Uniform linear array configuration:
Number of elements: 4
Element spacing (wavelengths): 0.25
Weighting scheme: exponential
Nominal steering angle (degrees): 45
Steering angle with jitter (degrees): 45.876
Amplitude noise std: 0.05
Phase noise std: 0.05

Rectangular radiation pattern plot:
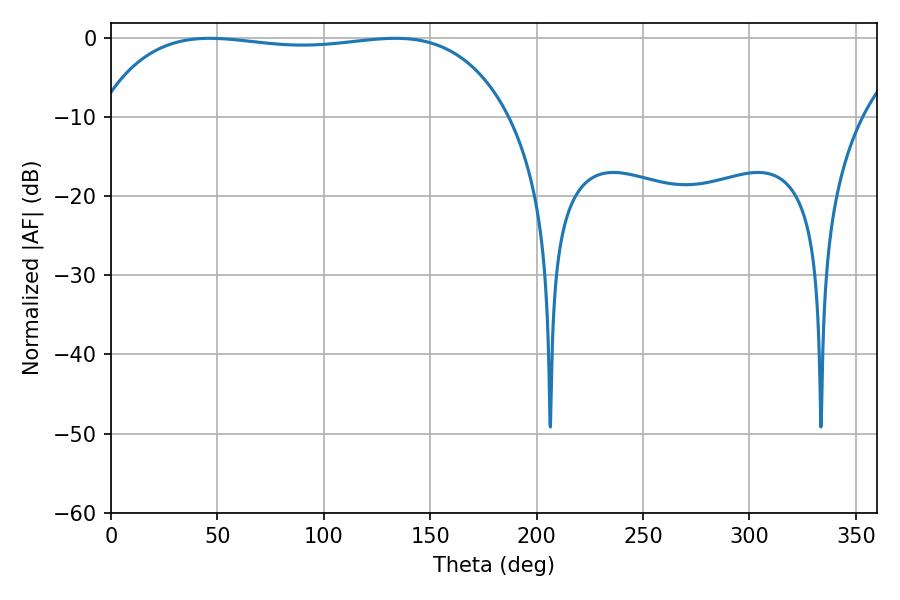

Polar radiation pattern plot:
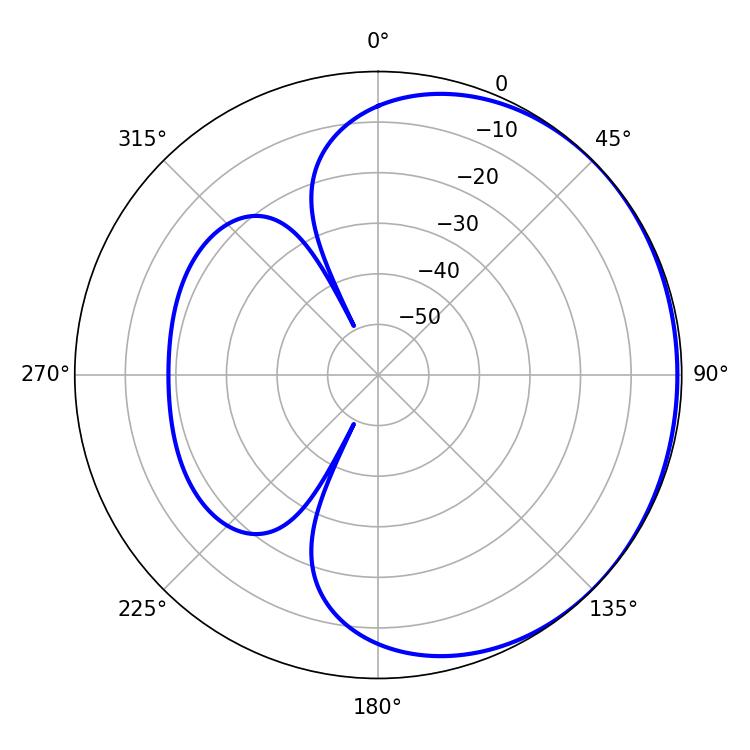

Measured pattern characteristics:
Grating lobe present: FALSE
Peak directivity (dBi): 0.6434
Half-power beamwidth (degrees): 154.44
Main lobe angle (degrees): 46.44